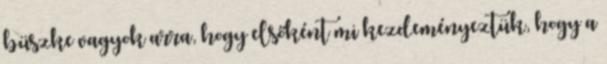
büszke vagyok arra, hogy elsőként mi kezdeményeztük, hogy a